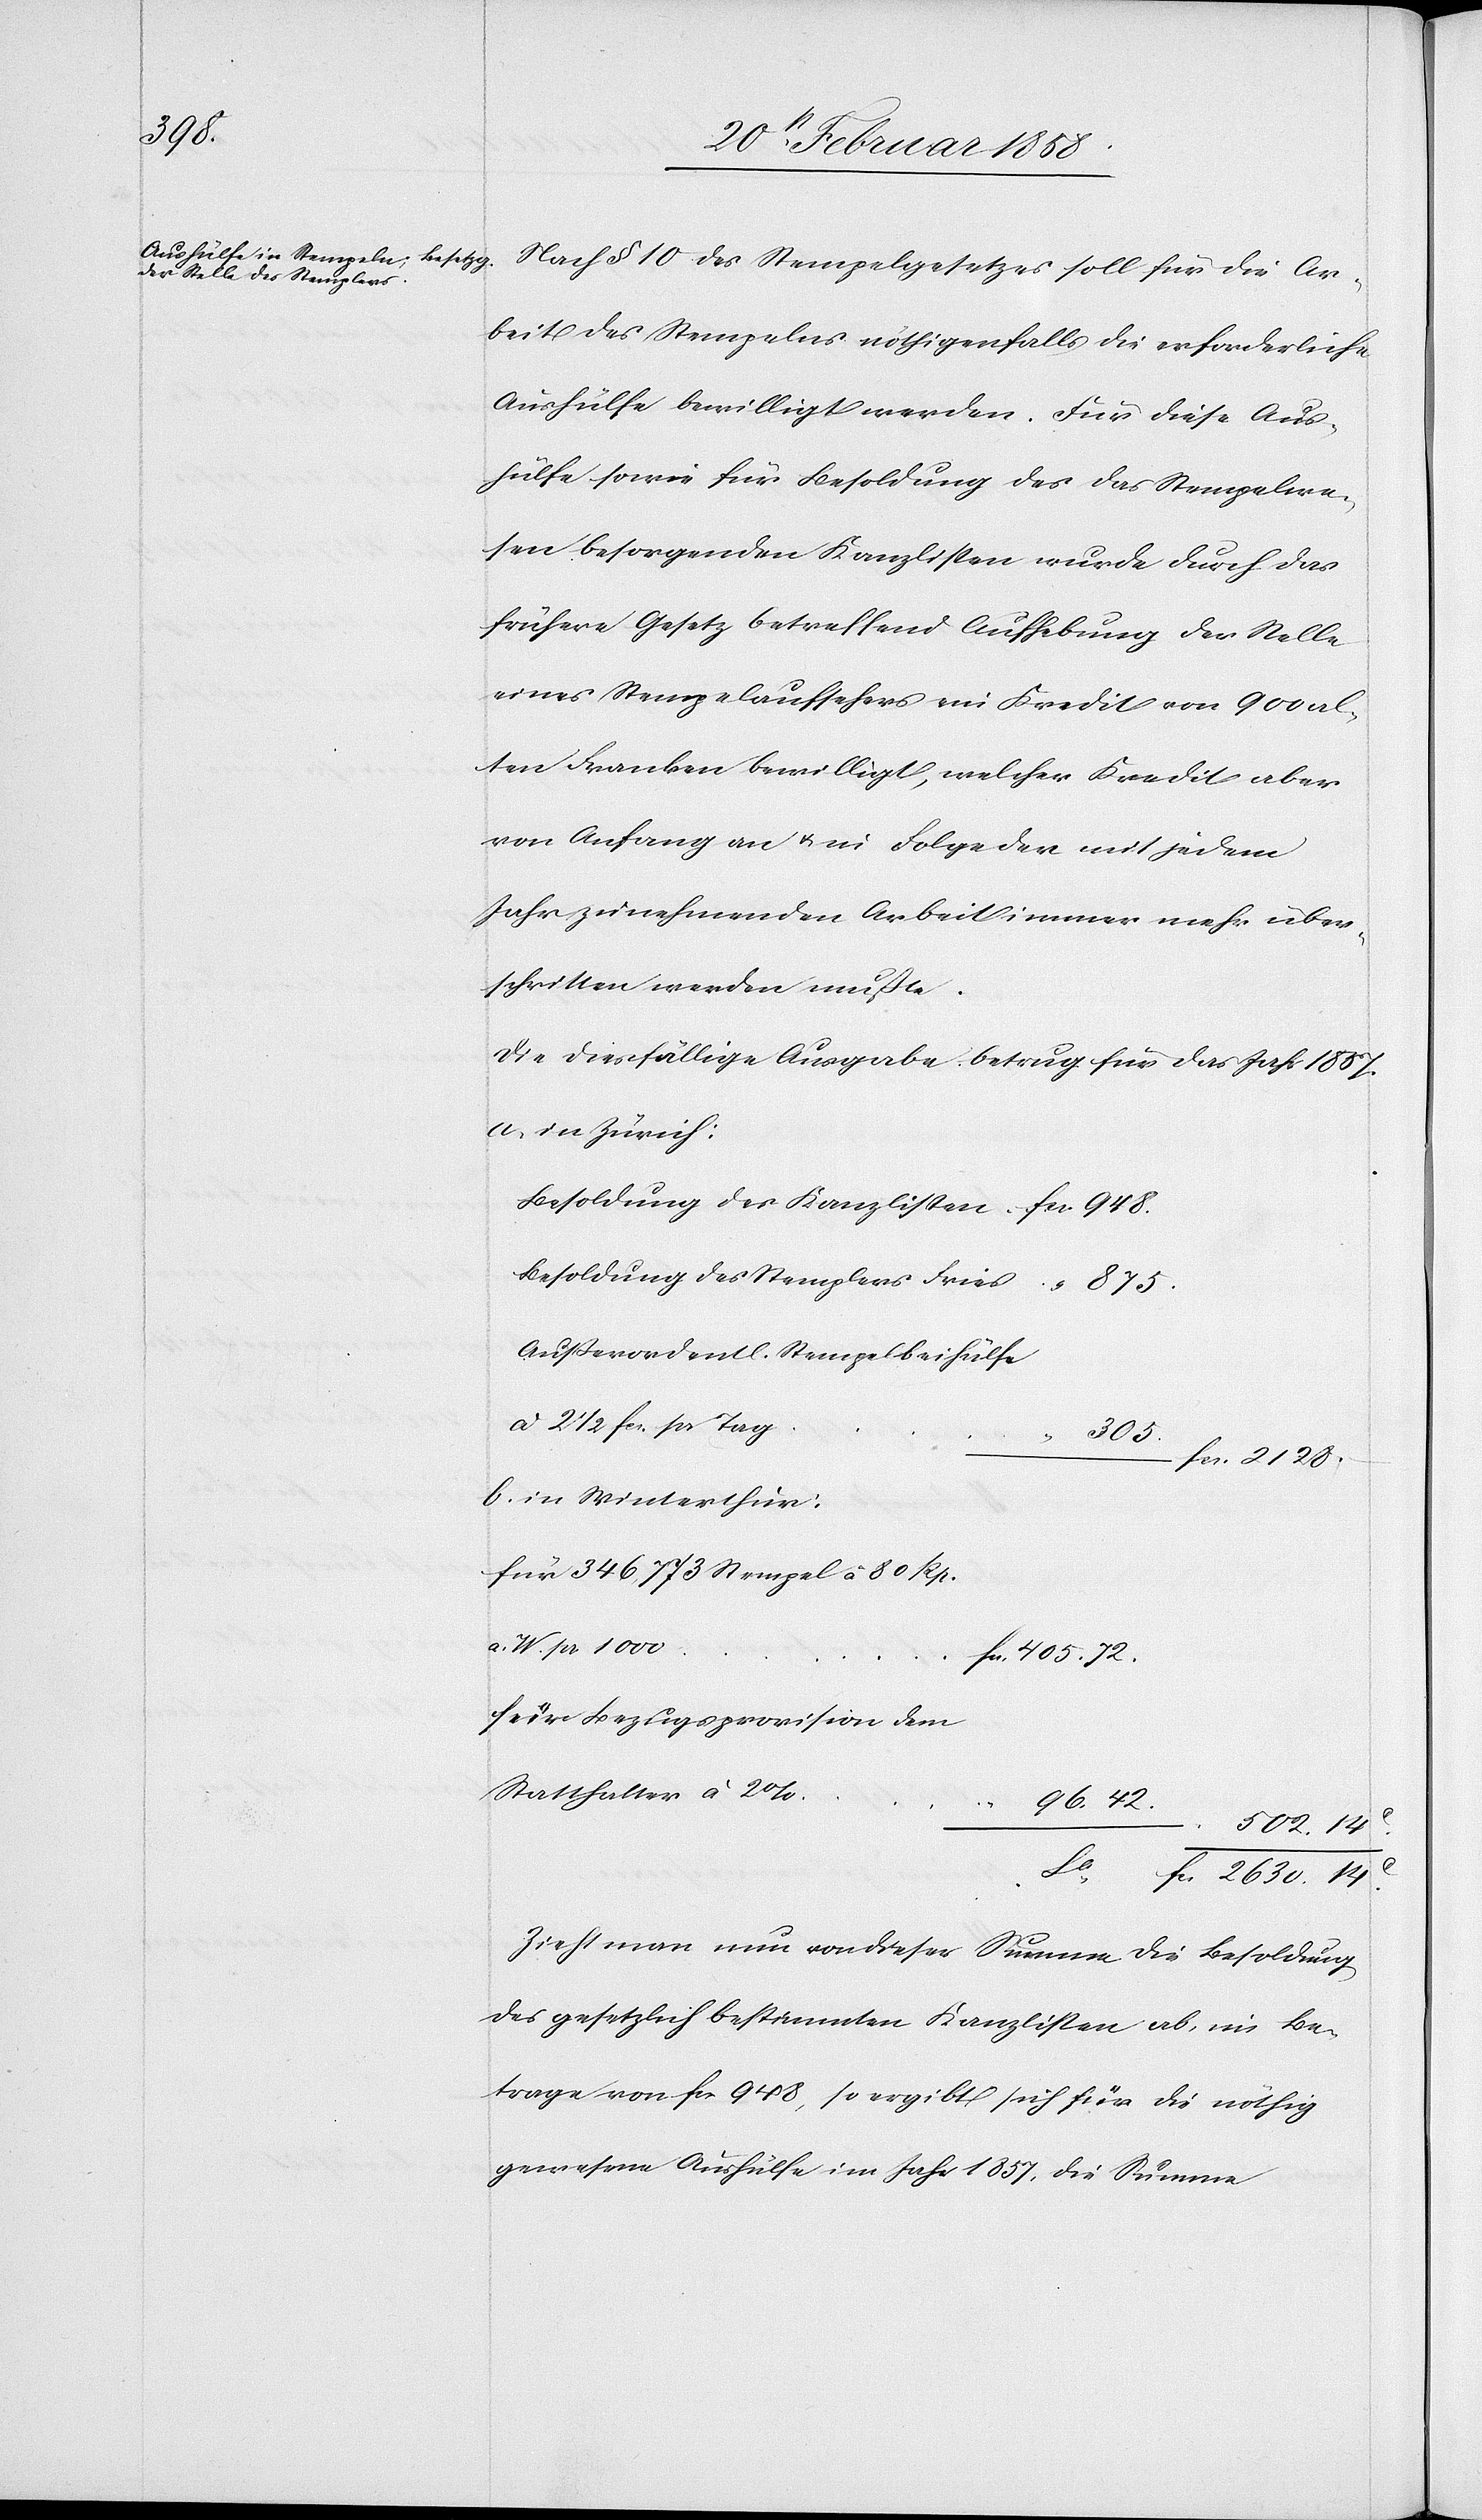
2630.

Nach § 10 des Stempelgesetzes soll für die Ar¬
beit des Stempelns nöthigenfalls die erforderliche
Aushülfe bewilligt werden. Für diese Aus¬
hülfe sowie für Besoldung des das Stempelwe¬
sen besorgenden Kanzlisten wurde durch das
frühere Gesetz betreffend Aufhebung der Stelle
eines Stempelaufsehers ein Kredit von 900 al¬
ten Franken bewilligt, welcher Kredit aber
von Anfang an u. in Folge der mit jedem
Jahr zunehmenden Arbeit immer mehr über¬
schritten werden mußte.
Die diesfällige Ausgabe betrug für das Jahr 1857.
in Zürich:
Besoldung des Kanzlisten
Besoldung des Stemplers Fries
405.
Außerordentliche Stempelhülfe
à 2 ½ fcs. pr. Tag
für 346,773 Stempel à 80 Rp.
a. W. pr. 1000
für Bezugsprovision dem
Statthalter à 2%
96.
Sa
Zieht man nun von dieser Summe die Besoldung
des gesetzlich bestimmten Kanzlisten ab, im Be¬
trage von fcs. 948, so ergibt sich für die nöthig
gewesene Aushülfe im Jahr 1857, die Summe